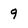
Character: 9